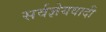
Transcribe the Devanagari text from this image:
सर्वज्ञेयवादी